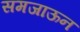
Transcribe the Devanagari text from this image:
समजाऊन